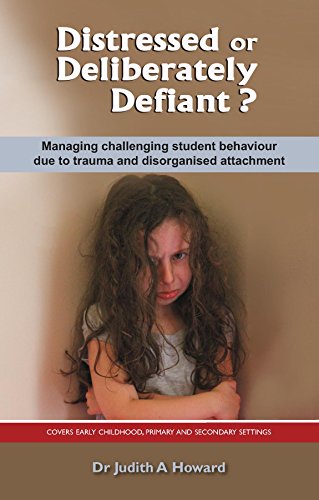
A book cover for Distressed or Deliberately Defiant?: Managing challenging student behaviour due to trauma and disorganised attachment; Dr. Judith Howard; Medical Books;